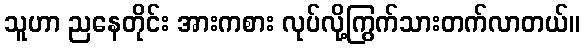
သူဟာ ညနေတိုင်း အားကစား လုပ်လို့ကြွက်သားတက်လာတယ်။